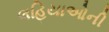
લહિયાઓની